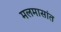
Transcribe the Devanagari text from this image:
मलमासांत